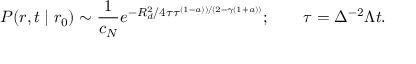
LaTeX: P ( r , t \mid r _ { 0 } ) \sim { \frac { 1 } { c _ { N } } } e ^ { - R _ { d } ^ { 2 } / 4 \tau \tau ^ { ( 1 - a ) ) / ( 2 - \gamma ( 1 + a ) ) } } ; \qquad \tau = \Delta ^ { - 2 } \Lambda t .